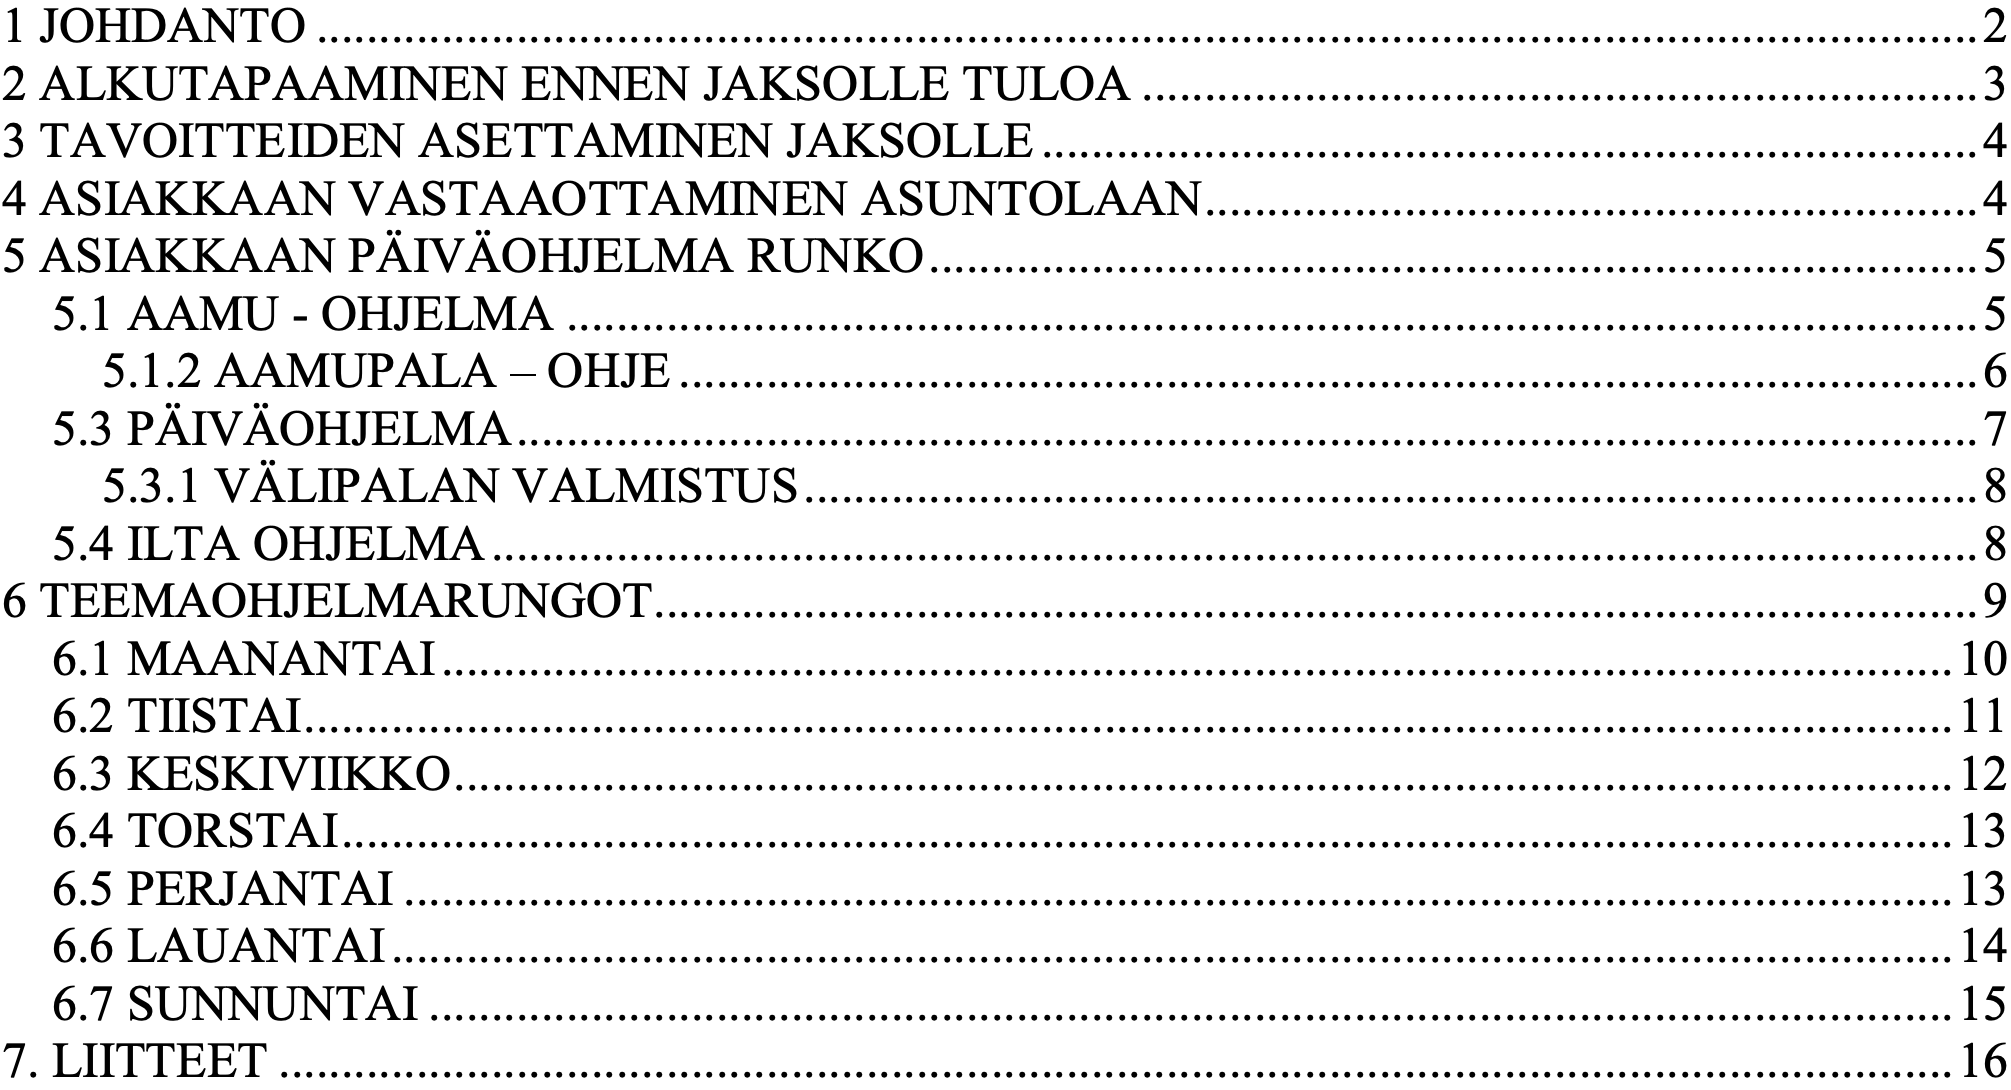
1 JOHDANTO ..................................................................................................................................... 2 2 ALKUTAPAAMINEN ENNEN JAKSOLLE TULOA ................................................................... 3 3 TAVOITTEIDEN ASETTAMINEN JAKSOLLE ........................................................................... 4 4 ASIAKKAAN VASTAAOTTAMINEN ASUNTOLAAN.............................................................. 4 5 ASIAKKAAN PÄIVÄOHJELMA RUNKO .................................................................................... 5 5.1 AAMU - OHJELMA ................................................................................................................. 5 5.1.2 AAMUPALA – OHJE ........................................................................................................ 6 5.3 PÄIVÄOHJELMA ..................................................................................................................... 7 5.3.1 VÄLIPALAN VALMISTUS .............................................................................................. 8 5.4 ILTA OHJELMA ....................................................................................................................... 8 6 TEEMAOHJELMARUNGOT.......................................................................................................... 9 6.1 MAANANTAI ......................................................................................................................... 10 6.2 TIISTAI .................................................................................................................................... 11 6.3 KESKIVIIKKO ........................................................................................................................ 12 6.4 TORSTAI ................................................................................................................................. 13 6.5 PERJANTAI ............................................................................................................................ 13 6.6 LAUANTAI ............................................................................................................................. 14 6.7 SUNNUNTAI .......................................................................................................................... 15 7. LIITTEET ...................................................................................................................................... 16